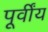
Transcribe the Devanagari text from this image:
पूर्वींय